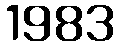
1983